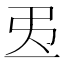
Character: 𢎶